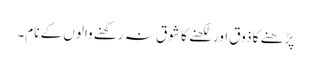
پڑھنے کا ذوق اور لکھنے کا شوق نہ رکھنے والوں کے نام۔